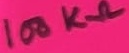
Text: 100KΩ